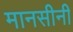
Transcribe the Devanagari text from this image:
मानसीनी